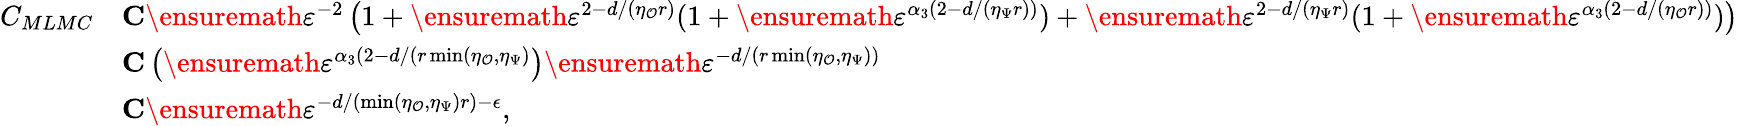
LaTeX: \begin{array}{rl}{C_{MLMC}}&{\le C\ensuremath{\varepsilon}^{-2}\left(1+\ensuremath{\varepsilon}^{2-d/(\eta_{\mathcal{O}}r)}(1+\ensuremath{\varepsilon}^{\alpha_{3}(2-d/(\eta_{\Psi}r))})+\ensuremath{\varepsilon}^{2-d/(\eta_{\Psi}r)}(1+\ensuremath{\varepsilon}^{\alpha_{3}(2-d/(\eta_{\mathcal{O}}r))})\right)}\\ &{\le C\left(\ensuremath{\varepsilon}^{\alpha_{3}(2-d/(r\operatorname*{min}(\eta_{\mathcal{O}},\eta_{\Psi})}\right)\ensuremath{\varepsilon}^{-d/(r\operatorname*{min}(\eta_{\mathcal{O}},\eta_{\Psi}))}}\\ &{\le C\ensuremath{\varepsilon}^{-d/(\operatorname*{min}(\eta_{\mathcal{O}},\eta_{\Psi})r)-\epsilon},}\end{array}